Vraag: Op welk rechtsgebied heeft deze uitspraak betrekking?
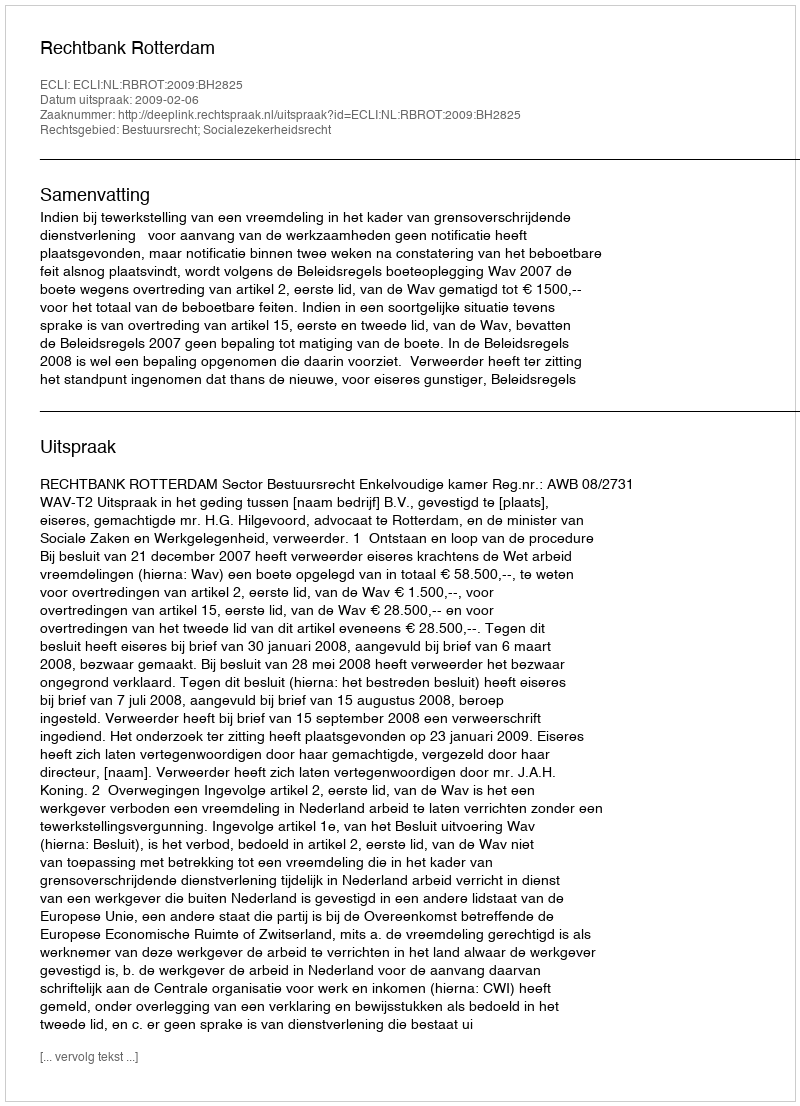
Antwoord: Bestuursrecht; Socialezekerheidsrecht